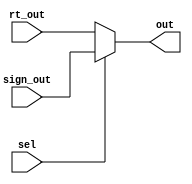
`timescale 1ns / 1ps
//////////////////////////////////////////////////////////////////////////////////
// Company: 
// Engineer: 
// 
// Design Name: 
// Module Name: mux3
// Project Name: 
// Target Devices: 
// Tool Versions: 
// Description: 
// 
// Dependencies: 
// 
// Revision:
// Revision 0.01 - File Created
// Additional Comments:
// 
//////////////////////////////////////////////////////////////////////////////////


module mux3(rt_out,sign_out,sel,out);
input[31:0]rt_out,sign_out;
input sel;
output reg[31:0] out;
always@(*)
begin
if(sel==0)
out=rt_out;
else
out=sign_out;
end

endmodule